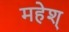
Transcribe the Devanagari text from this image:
महेश्